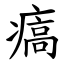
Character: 㾸